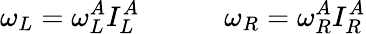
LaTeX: \omega_{L}=\omega_{L}^{A}I_{L}^{A}\quad\quad\quad\omega_{R}=\omega_{R}^{A}I_{R}^{A}